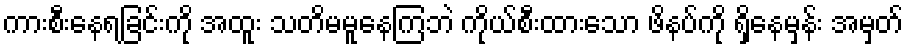
ကားစီးနေရခြင်းကို အထူး သတိမမူနေကြဘဲ ကိုယ်စီးထားသော ဖိနပ်ကို ရှိနေမှန်း အမှတ်